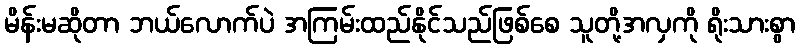
မိန်းမဆိုတာ ဘယ်လောက်ပဲ အကြမ်းထည်နိုင်သည်ဖြစ်စေ သူတို့အလှကို ရိုးသားစွာ